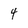
Character: 4